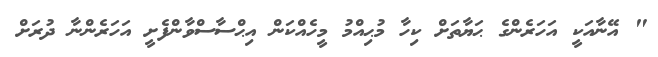
" އޭނާއަކީ އަހަރެންގެ ޙަޔާތަށް ކިހާ މުޙިއްމު މީހެއްކަން އިޙްސާސްވާންފެށީ އަހަރެންނާ ދުރަށް